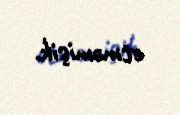
etməmişik.